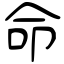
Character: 命